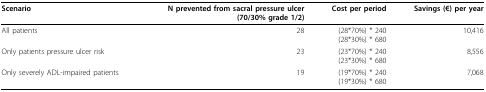
| Scenario | N prevented from sacral pressure ulcer(70/30% grade 1/2) | Cost per period | Savings (€) per year |
 | --- | --- | --- | --- |
 | All patients | 28 | (28*70%) * 240(28*30%) * 680 | 10,416 |
 | Only patients pressure ulcer risk | 23 | (23*70%) * 240(23*30%) * 680 | 8,556 |
 | Only severely ADL-impaired patients | 19 | (19*70%) * 240(19*30%) * 680 | 7,068 |